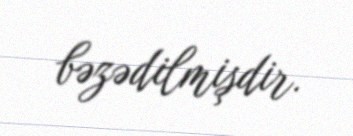
bəzədilmişdir.